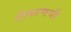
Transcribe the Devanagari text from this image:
ठीकाणची